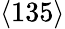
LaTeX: \langle 135\rangle